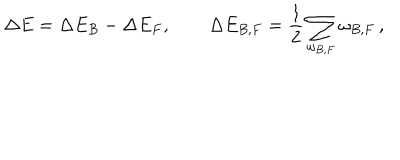
LaTeX: \Delta E = \Delta E _ { B } - \Delta E _ { F } , \qquad \Delta E _ { B , F } = \frac 1 2 \sum _ { \omega _ { B , F } } \omega _ { B , F } \, ,